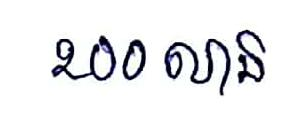
200 លាន